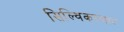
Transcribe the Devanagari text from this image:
सिल्विकल्चार